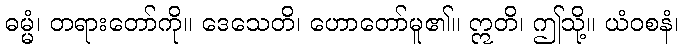
ဓမ္မံ၊ တရားတော်ကို။ ဒေသေတိ၊ ဟောတော်မူ၏။ ဣတိ၊ ဤသို့။ ယံဝစနံ၊